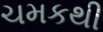
ચમકથી